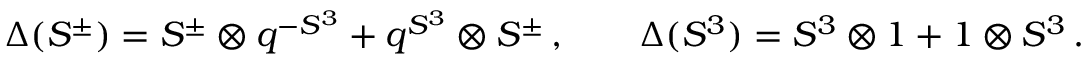
\Delta ( S ^ { \pm } ) = S ^ { \pm } \otimes q ^ { - S ^ { 3 } } + q ^ { S ^ { 3 } } \otimes S ^ { \pm } \, , \qquad \Delta ( S ^ { 3 } ) = S ^ { 3 } \otimes 1 + 1 \otimes S ^ { 3 } \, .